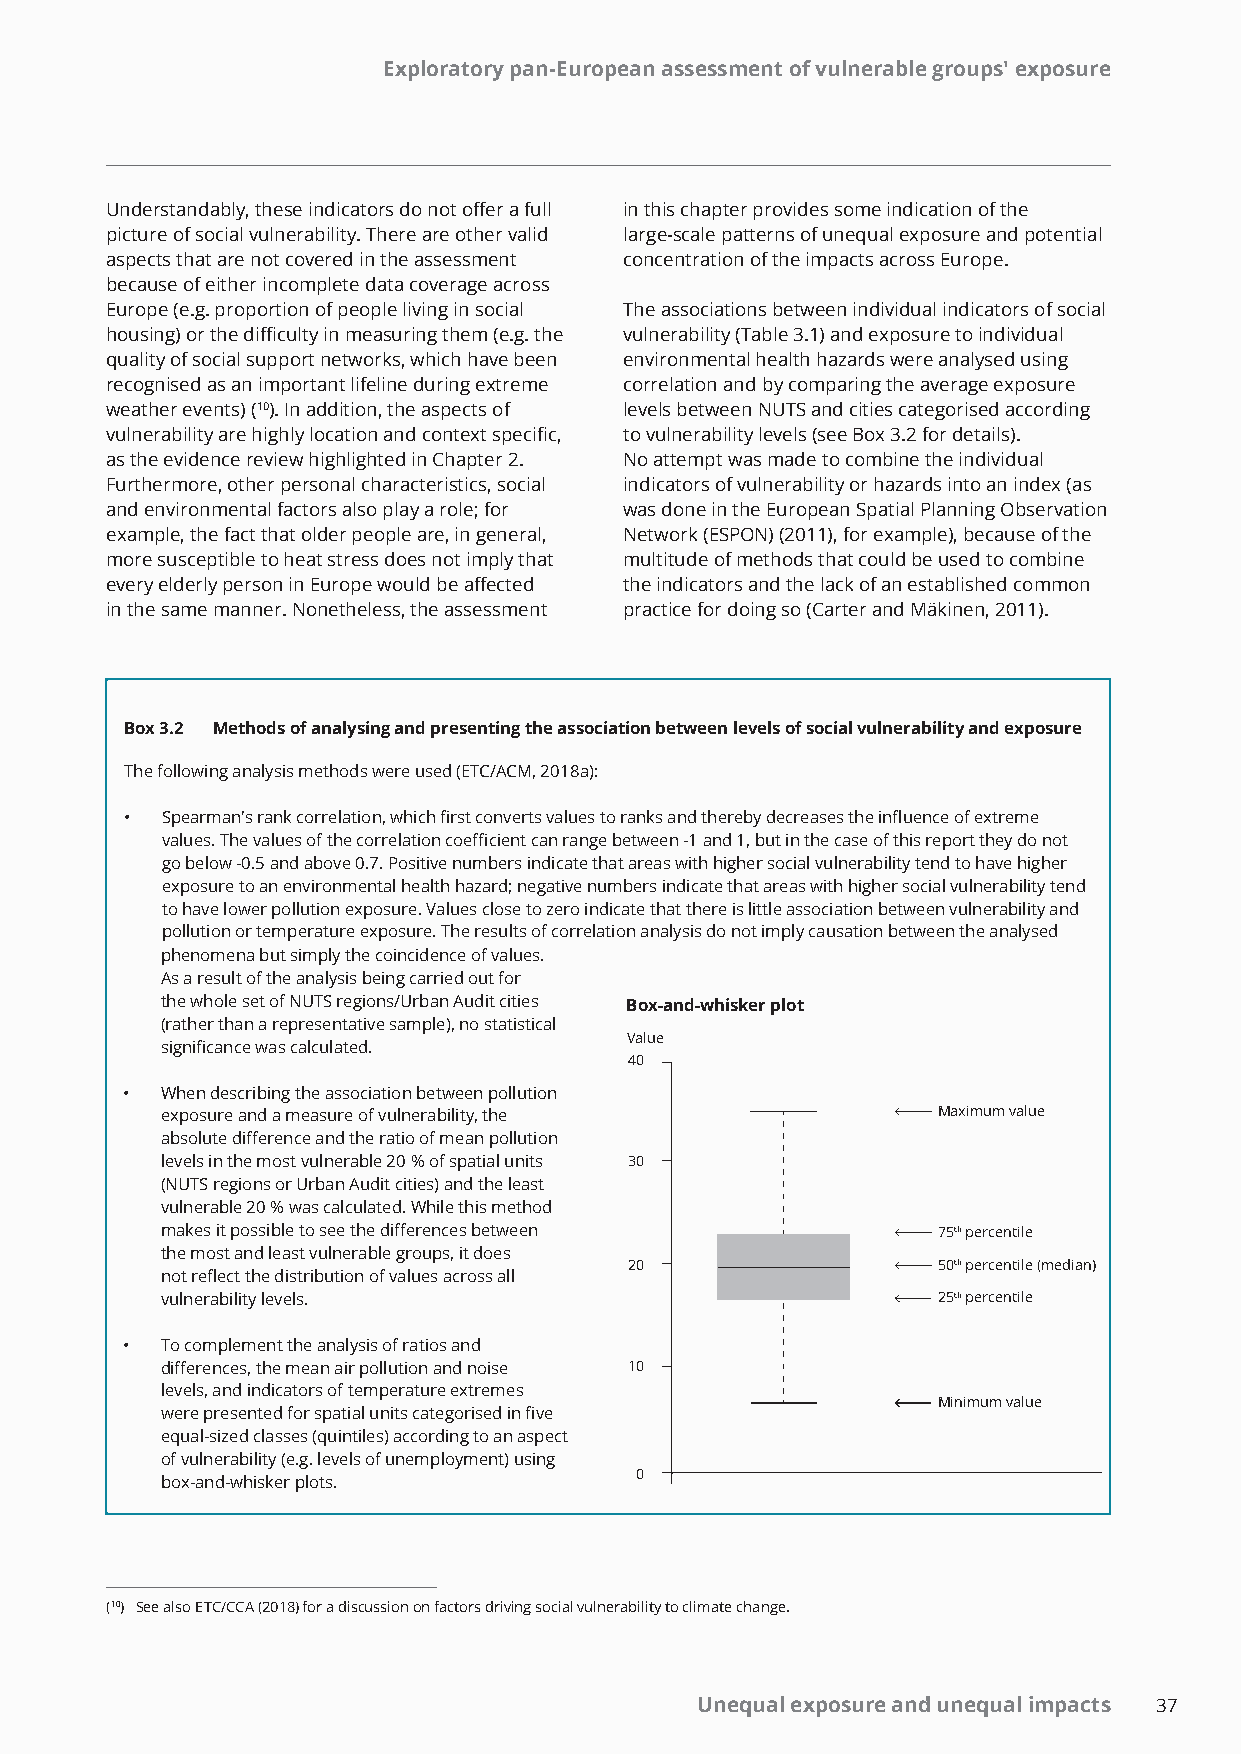
Exploratory pan-European assessment of vulnerable groups' exposure
 Understandably, these indicators do not offer a full in this chapter provides some indication of the
 picture of social vulnerability. There are other valid large-scale patterns of unequal exposure and potential
 aspects that are not covered in the assessment concentration of the impacts across Europe.
 because of either incomplete data coverage across
 Europe (e.g. proportion of people living in social The associations between individual indicators of social
 housing) or the difficulty in measuring them (e.g. the vulnerability (Table 3.1) and exposure to individual
 quality of social support networks, which have been environmental health hazards were analysed using
 recognised as an important lifeline during extreme correlation and by comparing the average exposure
 weather events) (10). In addition, the aspects of levels between NUTS and cities categorised according
 vulnerability are highly location and context specific, to vulnerability levels (see Box 3.2 for details).
 as the evidence review highlighted in Chapter 2. No attempt was made to combine the individual
 Furthermore, other personal characteristics, social indicators of vulnerability or hazards into an index (as
 and environmental factors also play a role; for was done in the European Spatial Planning Observation
 example, the fact that older people are, in general, Network (ESPON) (2011), for example), because of the
 more susceptible to heat stress does not imply that multitude of methods that could be used to combine
 every elderly person in Europe would be affected the indicators and the lack of an established common
 in the same manner. Nonetheless, the assessment practice for doing so (Carter and Mäkinen, 2011).
 Box 3.2 Methods of analysing and presenting the association between levels of social vulnerability and exposure
 The following analysis methods were used (ETC/ACM, 2018a):
 •  Spearman's rank correlation, which first converts values to ranks and thereby decreases the influence of extreme
 values. The values of the correlation coefficient can range between -1 and 1, but in the case of this report they do not
 go below -0.5 and above 0.7. Positive numbers indicate that areas with higher social vulnerability tend to have higher
 exposure to an environmental health hazard; negative numbers indicate that areas with higher social vulnerability tend
 to have lower pollution exposure. Values close to zero indicate that there is little association between vulnerability and
 pollution or temperature exposure. The results of correlation analysis do not imply causation between the analysed
 phenomena but simply the coincidence of values.
 As a result of the analysis being carried out for
 the whole set of NUTS regions/Urban Audit cities Box-and-whisker plot
 (rather than a representative sample), no statistical
 Value
 significance was calculated.
 40
 •  When describing the association between pollution
 exposure and a measure of vulnerability, the       Maximum value
 absolute difference and the ratio of mean pollution
 levels in the most vulnerable 20 % of spatial units 30
 (NUTS regions or Urban Audit cities) and the least
 vulnerable 20 % was calculated. While this method
 makes it possible to see the differences between   75th percentile
 the most and least vulnerable groups, it does
 20                  50th percentile (median)
 not reflect the distribution of values across all
 vulnerability levels.                              25th percentile
 •  To complement the analysis of ratios and
 differences, the mean air pollution and noise 10
 levels, and indicators of temperature extremes
 Minimum value
 were presented for spatial units categorised in five
 equal-sized classes (quintiles) according to an aspect
 of vulnerability (e.g. levels of unemployment) using
 0
 box-and-whisker plots.
 (10) See also ETC/CCA (2018) for a discussion on factors driving social vulnerability to climate change.
 Unequal exposure and unequal impacts 37